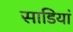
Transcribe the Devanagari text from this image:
साडियां